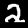
Label: 2